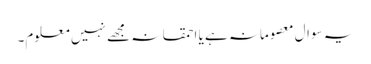
یہ سوال معصومانہ ہے یا احمقانہ مجھے نہیں معلوم۔